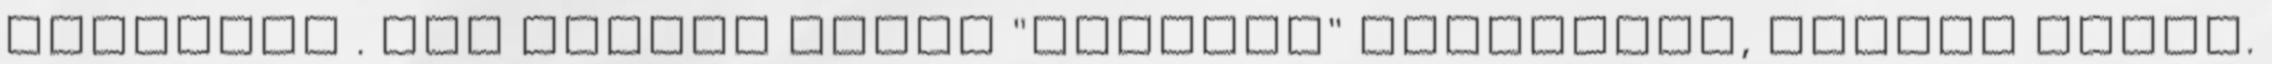
árnyékos . Mai nagyon gyors "csemege" vacsorára, saláta mellé.